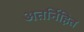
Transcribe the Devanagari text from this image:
अतर्निहित